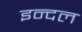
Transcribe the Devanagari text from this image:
इन्दल